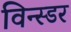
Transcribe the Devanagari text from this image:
विन्स्डर